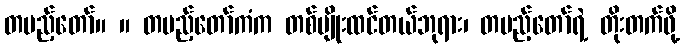
တပည့်တော်။ ။ တပည့်တော်ကံက တစ်မျိုးထင်တယ်ဘုရား၊ တပည့်တော်ရဲ့ တိုးတက်ဖို့